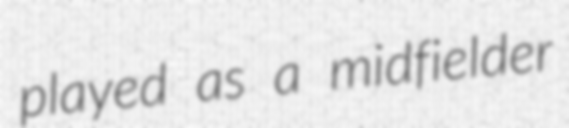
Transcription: played as a midfielder